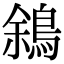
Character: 䳜